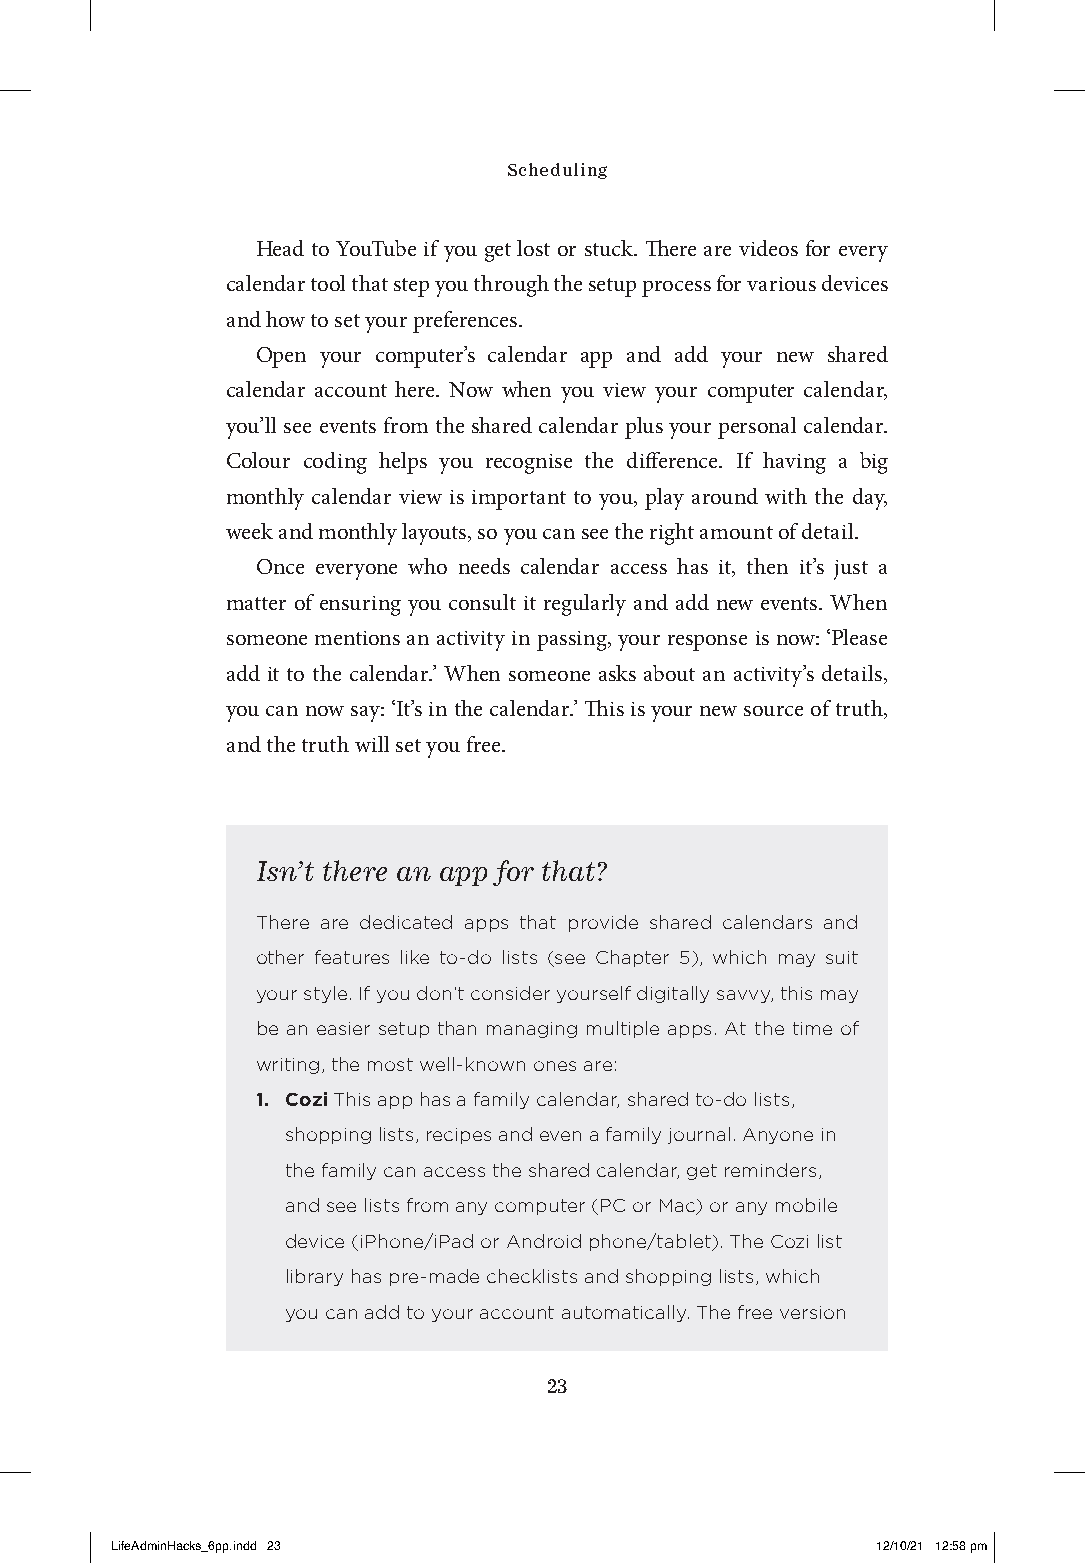
Scheduling
 Head to YouTube if you get lost or stuck. There are videos for every
 calendar tool that step you through the setup process for various devices
 and how to set your preferences.
 Open your computer’s calendar app and add your new shared
 calendar account here. Now when you view your computer calendar,
 you’ll see events from the shared calendar plus your personal calendar.
 Colour coding helps you recognise the difference. If having a big
 monthly calendar view is important to you, play around with the day,
 week and monthly layouts, so you can see the right amount of detail.
 Once everyone who needs calendar access has it, then it’s just a
 matter of ensuring you consult it regularly and add new events. When
 someone mentions an activity in passing, your response is now: ‘Please
 add it to the calendar.’ When someone asks about an activity’s details,
 you can now say: ‘It’s in the calendar.’ This is your new source of truth,
 and the truth will set you free.
 Isn’t there an app for that?
 There are dedicated apps that provide shared calendars and
 other features like to-do lists (see Chapter 5), which may suit
 your style. If you don’t consider yourself digitally savvy, this may
 be an easier setup than managing multiple apps. At the time of
 writing, the most well-known ones are:
 1. Cozi This app has a family calendar, shared to-do lists,
 shopping lists, recipes and even a family journal. Anyone in
 the family can access the shared calendar, get reminders,
 and see lists from any computer (PC or Mac) or any mobile
 device (iPhone/iPad or Android phone/tablet). The Cozi list
 library has pre-made checklists and shopping lists, which
 you can add to your account automatically. The free version
 23
 LLiiffeeAAddmmiinnHHaacckkss__66pppp..iinndddd 2233 1122//1100//2211 1122::5588 ppmm